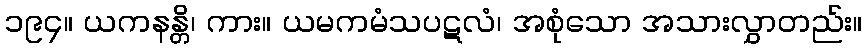
၁၉၄။ ယကနန္တိ၊ ကား။ ယမကမံသပဋလံ၊ အစုံသော အသားလွှာတည်း။